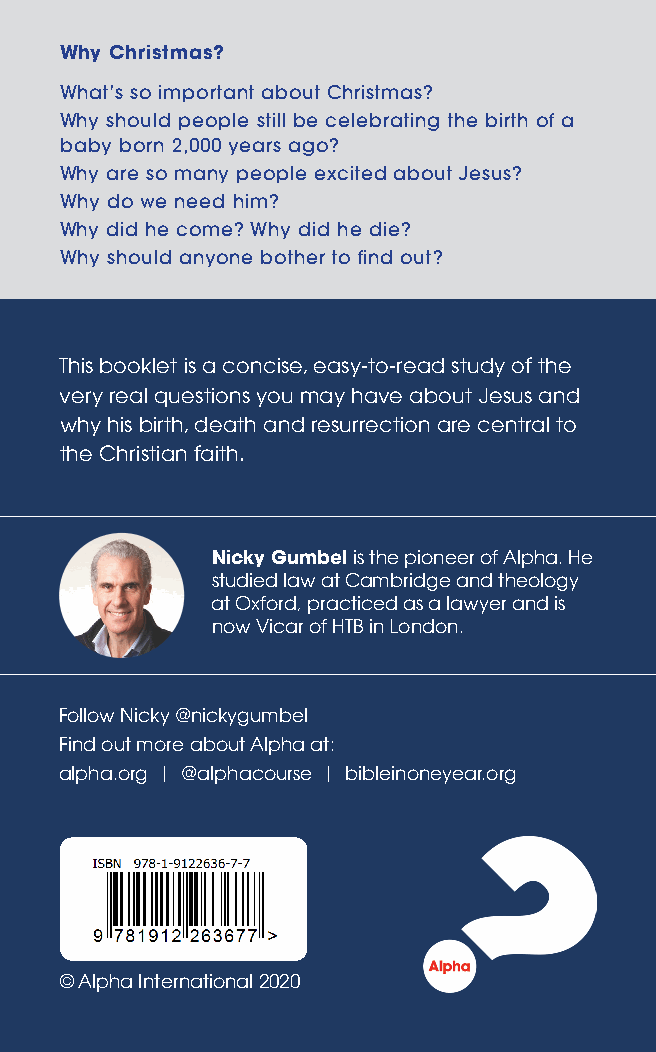
Why Christmas?
 What’s so important about Christmas?
 Why should people still be celebrating the birth of a
 baby born 2,000 years ago?
 Why are so many people excited about Jesus?
 Why do we need him?
 Why did he come? Why did he die?
 Why should anyone bother to find out?
 This booklet is a concise, easy-to-read study of the
 very real questions you may have about Jesus and
 why his birth, death and resurrection are central to
 the Christian faith.
 Nicky Gumbel is the pioneer of Alpha. He
 studied law at Cambridge and theology
 at Oxford, practiced as a lawyer and is
 now Vicar of HTB in London.
 Follow Nicky @nickygumbel
 Find out more about Alpha at:
 alpha.org | @alphacourse | bibleinoneyear.org
 © Alpha International 2020
 Why
 Christmas?
 Nicky
 Gumbel